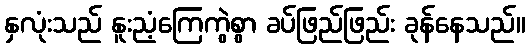
နှလုံးသည် နူးညံ့ကြေကွဲစွာ ခပ်ဖြည်ဖြည်း ခုန်နေသည်။